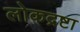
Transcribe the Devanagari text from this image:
लोकद्रष्टा